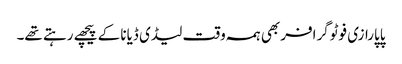
پاپارازی فوٹوگرافر بھی ہمہ وقت لیڈی ڈیانا کے پیچھے رہتے تھے۔